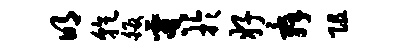
明乾皈虞于好舜阻